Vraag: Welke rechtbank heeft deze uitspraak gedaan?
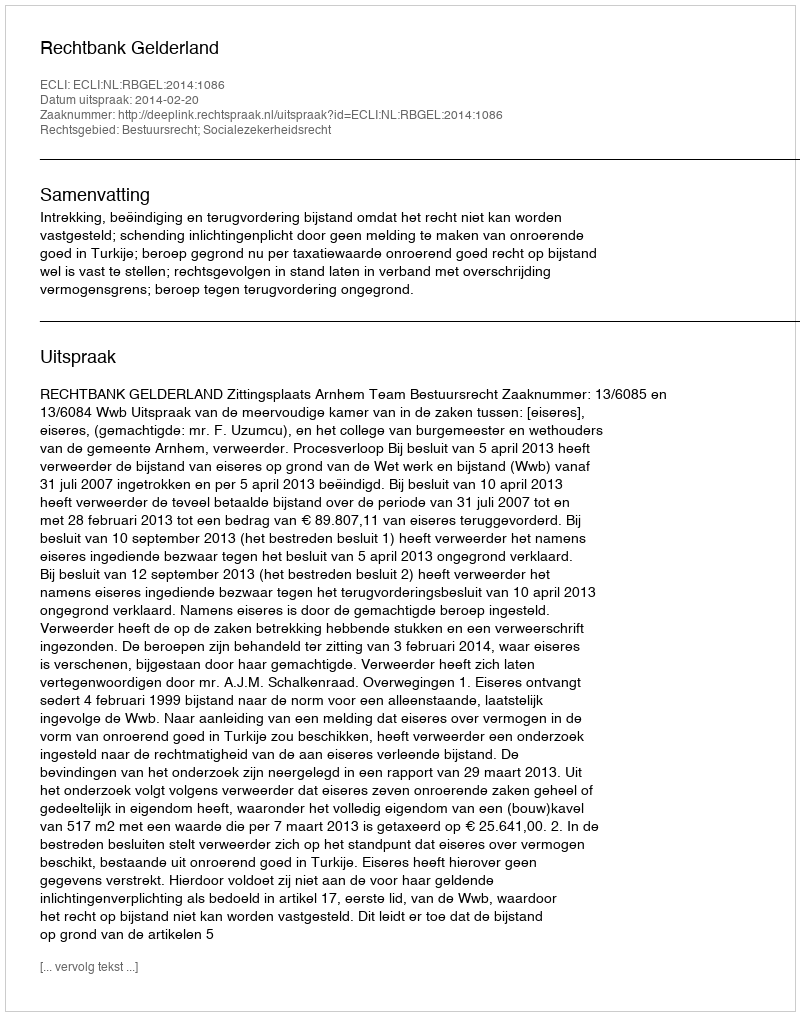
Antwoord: Rechtbank Gelderland